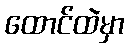
ထောင်ထဲမှာ